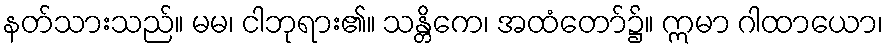
နတ်သားသည်။ မမ၊ ငါဘုရား၏။ သန္တိကေ၊ အထံတော်၌။ ဣမာ ဂါထာယော၊